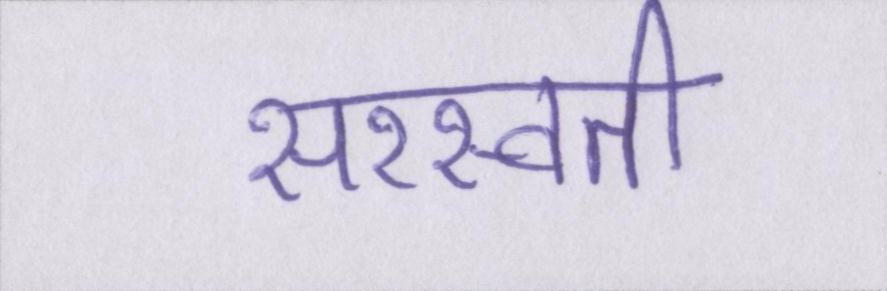
सरस्वती